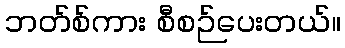
ဘတ်စ်ကား စီစဉ်ပေးတယ်။